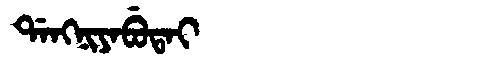
Manchu: ᡩᠠᠩᠨᡳᠶᠠᠪᡠᡨᠠᡳ
Romanization: DANGNIYABUTAI